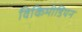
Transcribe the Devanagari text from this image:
विकिमीडियन